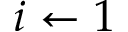
i \gets 1